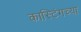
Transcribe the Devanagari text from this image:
कास्टिंगच्या